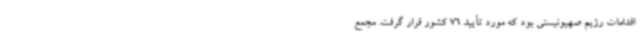
اقدامات رژیم صهیونیستی بود که مورد تأیید 76 کشور قرار گرفت. مجمع